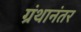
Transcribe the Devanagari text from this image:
ग्रंथानंतर